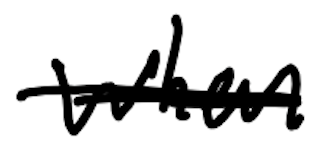
Text: When
Cross-out: scratch
Writing tool: digital_black